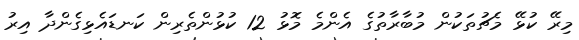
މިރޭ ކުޅޭ މެޗުތަކުން މުބާރާތުގެ އެންމެ މޮޅު 12 ކުޅުންތެރިން ކަނޑައެޅިގެންދާ އިރު